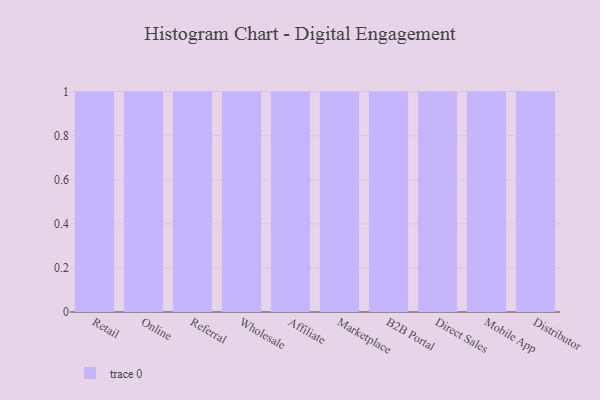
{"axis": {"x": "Channel", "y": "Page Views"}, "legend": [""], "data": [{"x": "Retail", "y": 53, "type": ""}, {"x": "Online", "y": 94, "type": ""}, {"x": "Referral", "y": 19, "type": ""}, {"x": "Wholesale", "y": 22, "type": ""}, {"x": "Affiliate", "y": 56, "type": ""}, {"x": "Marketplace", "y": 60, "type": ""}, {"x": "B2B Portal", "y": 69, "type": ""}, {"x": "Direct Sales", "y": 41, "type": ""}, {"x": "Mobile App", "y": 84, "type": ""}, {"x": "Distributor", "y": 51, "type": ""}]}